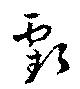
虧